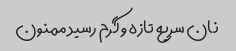
نان سریع تازه و گرم رسید ممنون